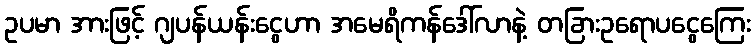
ဥပမာ အားဖြင့် ဂျပန်ယန်းငွေဟာ အမေရိကန်ဒေါ်လာနဲ့ တခြားဥရောပငွေကြေး